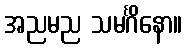
အညမည သမင်္ဂိနော။